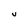
Character: V